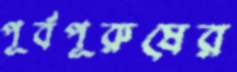
পূর্বপূরুষের